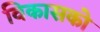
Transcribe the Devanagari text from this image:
विकासको